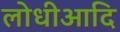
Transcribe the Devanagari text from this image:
लोधीआदि